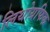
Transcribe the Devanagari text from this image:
लिथोग्रफिक